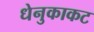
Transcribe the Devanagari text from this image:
धेनुकाकट